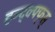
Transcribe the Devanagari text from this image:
हन्द्क्फ्फ्स्